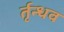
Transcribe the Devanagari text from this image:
र्तृन्धव